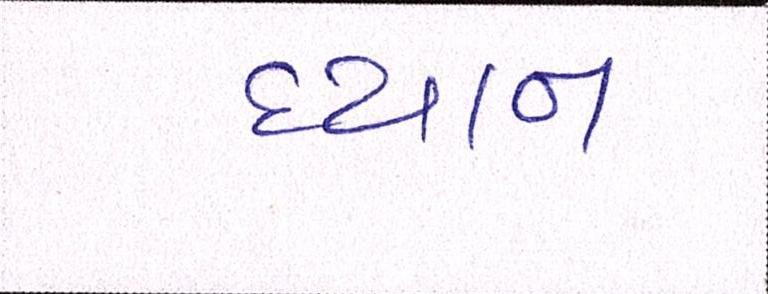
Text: ધ્યાન